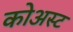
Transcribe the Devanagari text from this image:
कोअस्ट